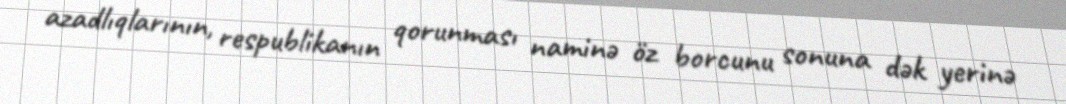
azadlıqlarının, respublikanın qorunması naminə öz borcunu sonuna dək yerinə